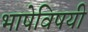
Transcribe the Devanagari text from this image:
भाषेविषयी